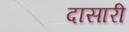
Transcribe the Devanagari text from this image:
दासारी